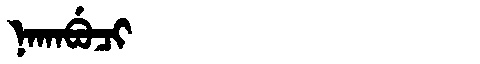
Manchu: ᠨᠠᡴᠠᠪᡠᠴᡳ
Romanization: NAKABUCI